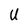
Character: U